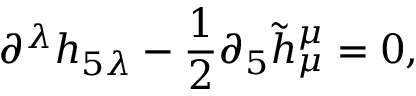
\partial ^ { \lambda } h _ { 5 \lambda } - \frac { 1 } { 2 } \partial _ { 5 } \tilde { h } _ { \mu } ^ { \mu } = 0 ,